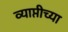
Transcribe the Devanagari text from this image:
व्याप्तीच्या